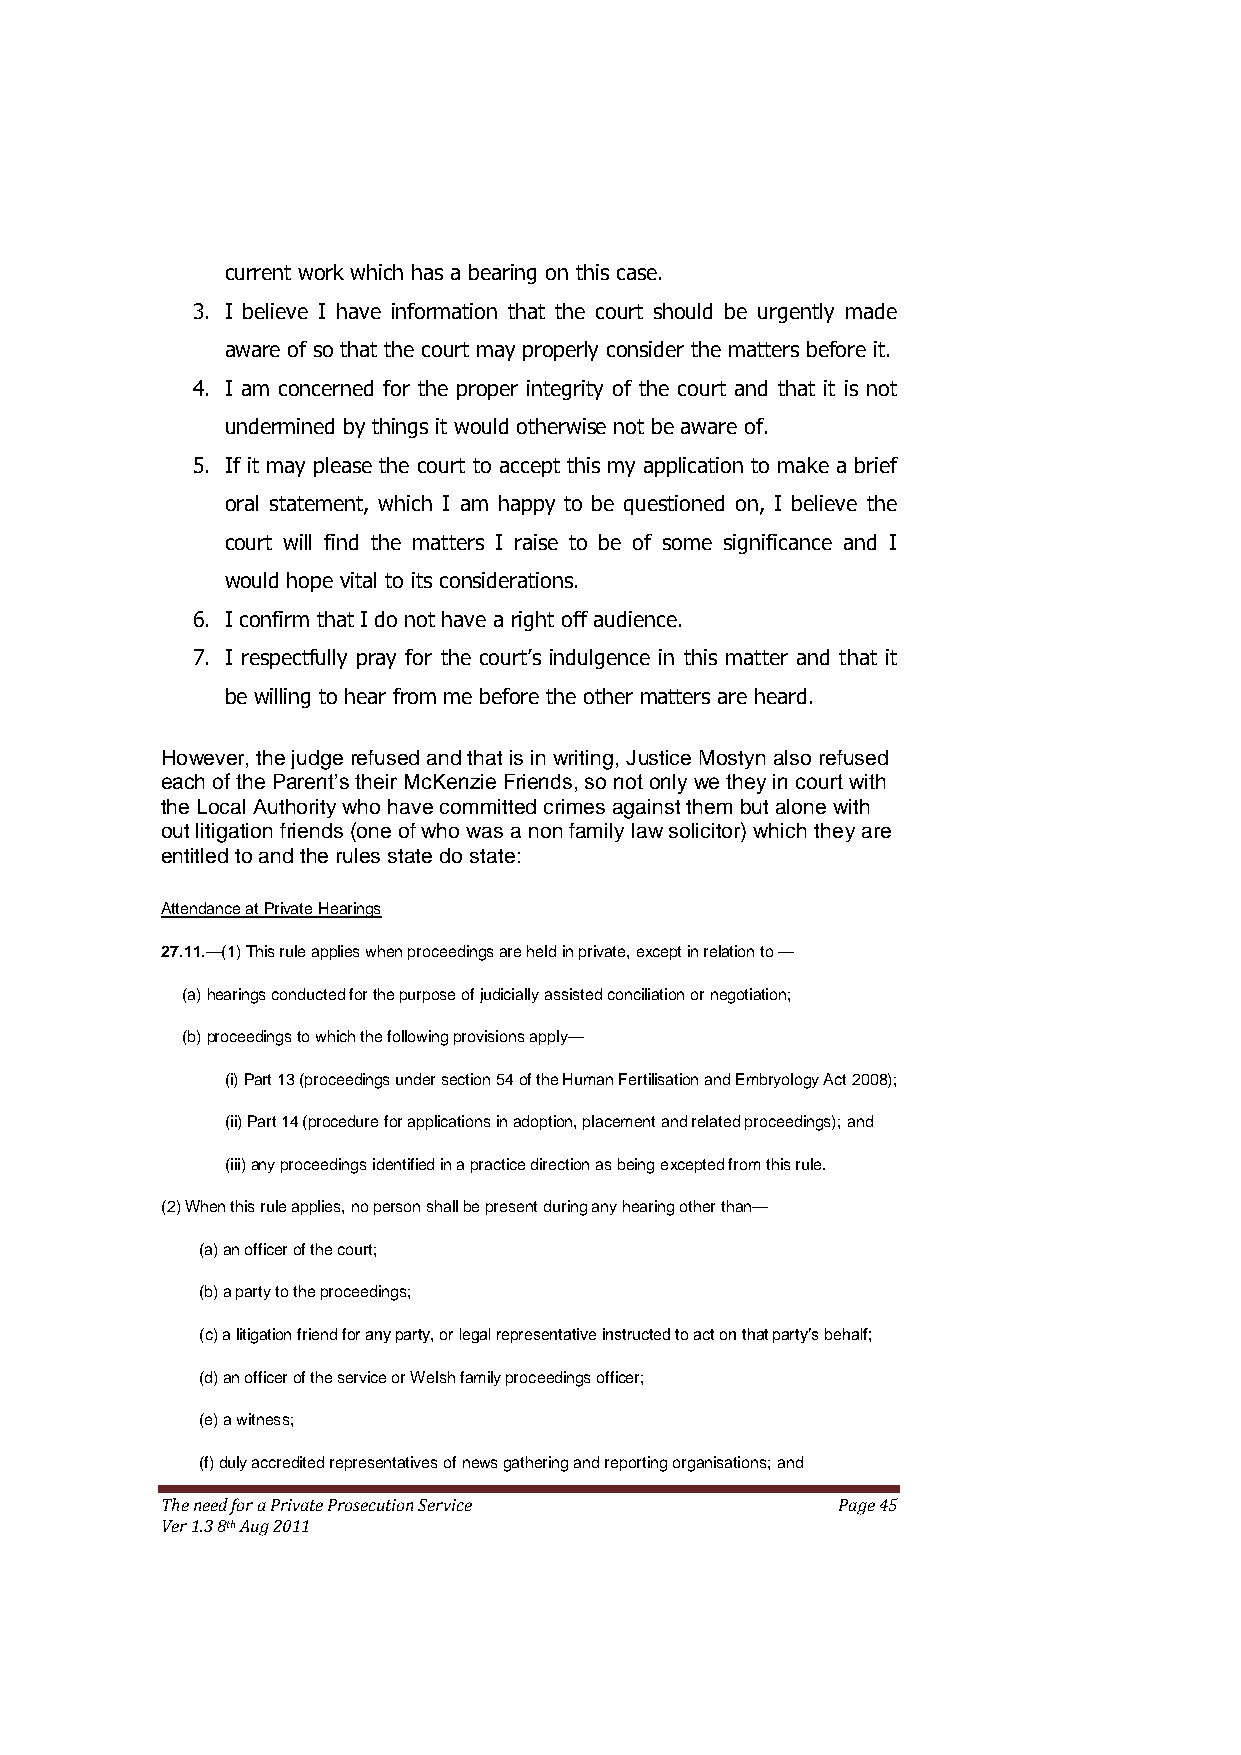
current work which has a bearing on this case.
 3. I believe I have information that the court should be urgently made
 aware of so that the court may properly consider the matters before it.
 4. I am concerned for the proper integrity of the court and that it is not
 undermined by things it would otherwise not be aware of.
 5. If it may please the court to accept this my application to make a brief
 oral statement, which I am happy to be questioned on, I believe the
 court will find the matters I raise to be of some significance and I
 would hope vital to its considerations.
 6. I confirm that I do not have a right off audience.
 7. I respectfully pray for the court’s indulgence in this matter and that it
 be willing to hear from me before the other matters are heard.
 However, the judge refused and that is in writing, Justice Mostyn also refused
 each of the Parent’s their McKenzie Friends, so not only we they in court with
 the Local Authority who have committed crimes against them but alone with
 out litigation friends (one of who was a non family law solicitor) which they are
 entitled to and the rules state do state:
 Attendance at Private Hearings
 27.11.—(1) This rule applies when proceedings are held in private, except in relation to —
 (a) hearings conducted for the purpose of judicially assisted conciliation or negotiation;
 (b) proceedings to which the following provisions apply—
 (i) Part 13 (proceedings under section 54 of the Human Fertilisation and Embryology Act 2008);
 (ii) Part 14 (procedure for applications in adoption, placement and related proceedings); and
 (iii) any proceedings identified in a practice direction as being excepted from this rule.
 (2) When this rule applies, no person shall be present during any hearing other than—
 (a) an officer of the court;
 (b) a party to the proceedings;
 (c) a litigation friend for any party, or legal representative instructed to act on that party’s behalf;
 (d) an officer of the service or Welsh family proceedings officer;
 (e) a witness;
 (f) duly accredited representatives of news gathering and reporting organisations; and
 The need for a Private Prosecution Service  Page 45
 Ver 1.3 8th Aug 2011